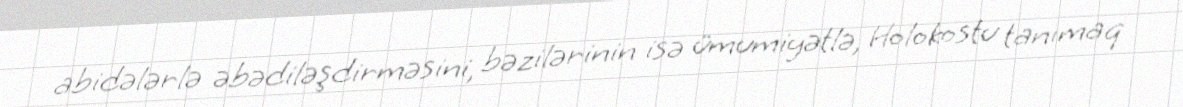
abidələrlə əbədiləşdirməsini, bəzilərinin isə ümumiyətlə, Holokostu tanımaq